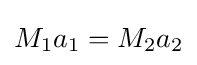
M_{1}a_{1}=M_{2}a_{2}